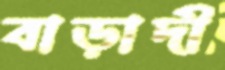
বাড়াদী